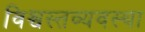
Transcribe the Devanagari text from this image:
विश्वस्तव्यवस्था